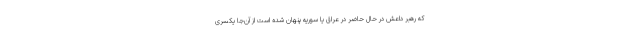
که رهبر داعش در حال حاضر در عراق یا سوریه پنهان شده است از آن‌جا یکسری